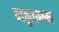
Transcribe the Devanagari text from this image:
वाळूवरून